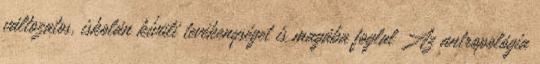
változatos, iskolán kívüli tevékenységet is magába foglal Az antropológia